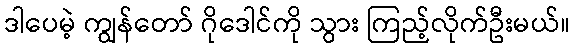
ဒါပေမဲ့ ကျွန်တော် ဂိုဒေါင်ကို သွား ကြည့်လိုက်ဦးမယ်။